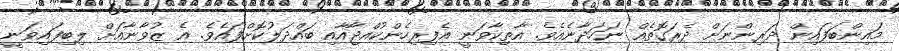
މައިންބަފައިން ދަރިންނަށް ދެރަގޮތެއް ނަހަދާނެއެވެ. އާތިކާވަނީ އެފިރިހެންކުއްޖާއާއި ބައްދަލުކޮށްފައެވެ. އެ ޒުވާނާއަށް ލިބިފައިވަނީ